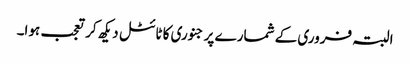
البتہ فروری کے شمارے پر جنوری کا ٹائٹل دیکھ کر تعجب ہوا۔